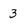
Character: 3